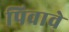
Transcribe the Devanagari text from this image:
पिवावे